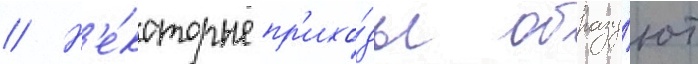
// Н'е́которые пр'ихо́ды образу́ют